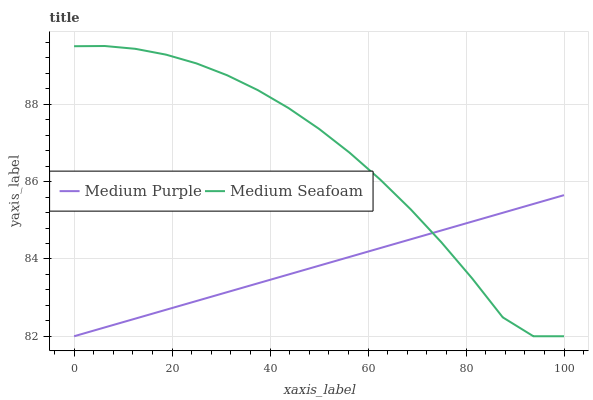
| xaxis_label | Medium Purple | Medium Seafoam |
 | --- | --- | --- |
 | 0 | 82 | 89.5 |
 | 6.25 | 82.2 | 89.5 |
 | 12.5 | 82.5 | 89.4 |
 | 18.8 | 82.7 | 89.3 |
 | 25 | 82.9 | 89.1 |
 | 31.2 | 83.1 | 88.8 |
 | 37.5 | 83.4 | 88.4 |
 | 43.8 | 83.6 | 87.9 |
 | 50 | 83.8 | 87.4 |
 | 56.2 | 84.1 | 86.7 |
 | 62.5 | 84.3 | 86.1 |
 | 68.8 | 84.5 | 85.3 |
 | 75 | 84.7 | 84.4 |
 | 81.2 | 85 | 83.5 |
 | 87.5 | 85.2 | 82.5 |
 | 93.8 | 85.4 | 82 |
 | 100 | 85.7 | 82 |